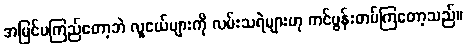
အမြင်မကြည်တော့ဘဲ လူငယ်များကို လမ်းသရဲများဟု ကင်ပွန်းတပ်ကြတော့သည်။